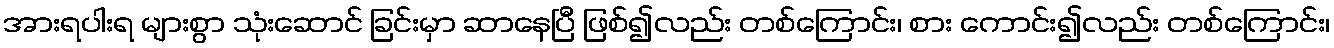
အားရပါးရ များစွာ သုံးဆောင် ခြင်းမှာ ဆာနေပြီ ဖြစ်၍လည်း တစ်ကြောင်း၊ စား ကောင်း၍လည်း တစ်ကြောင်း၊